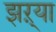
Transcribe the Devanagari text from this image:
झऱ्या